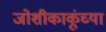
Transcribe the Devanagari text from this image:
जोशीकाकूंच्या